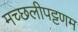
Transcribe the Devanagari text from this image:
मच्‍छलीपट्टणम